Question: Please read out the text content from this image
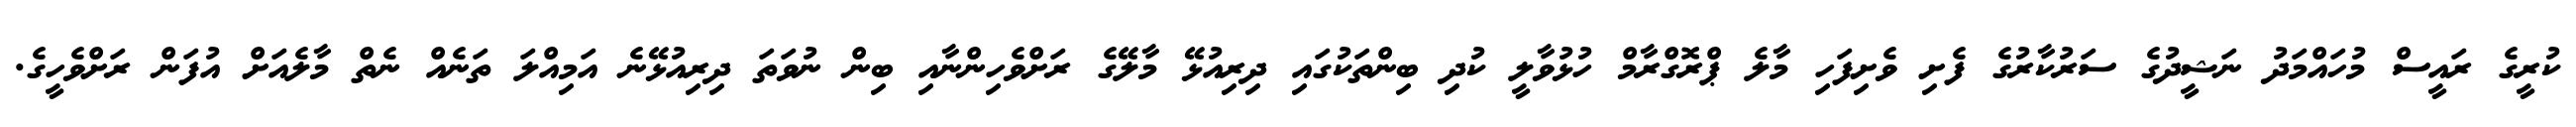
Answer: ކުރީގެ ރައީސް މުހައްމަދު ނަޝީދުގެ ސަރުކާރުގެ ފެށި ވެށިފަހި މާލެ ޕްރޮގްރާމް ހުޅުވާލީ ކުދި ބިންތަކުގައި ދިރިއުޅޭ މާލޭގެ ރަށްވެހިންނާއި ބިން ނުވަތަ ދިރިއުޅޭނެ އަމިއްލަ ތަނެއް ނެތް މާލެއަށް އުފަން ރަށްވެހީގެ.